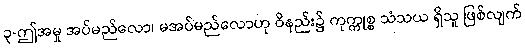
၃-ဤအမှု အပ်မည်လော၊ မအပ်မည်လောဟု ဝိနည်း၌ ကုက္ကုစ္စ သံသယ ရှိသူ ဖြစ်လျက်